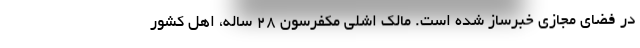
در فضای مجازی خبرساز شده است. مالک اشلی مکفرسون ۲۸ ساله، اهل کشور